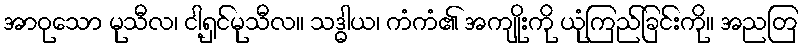
အာဝုသော မုသီလ၊ ငါ့ရှင်မုသီလ။ သဒ္ဓါယ၊ ကံကံ၏ အကျိုးကို ယုံကြည်ခြင်းကို။ အညတြ